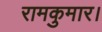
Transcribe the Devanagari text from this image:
रामकुमार।